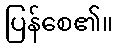
ပြန်စေ၏။